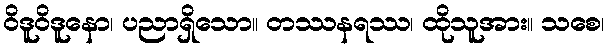
ဝိဒူဝိဒူနော၊ ပညာရှိသော။ တဿနရဿ၊ ထိုသူအား။ သစေ၊